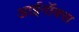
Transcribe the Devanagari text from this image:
आईनॉक्स